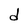
Character: d